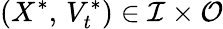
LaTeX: (X^{\ast},\, V_{t}^{\ast})\in\mathcal{I}\times\mathcal{O}